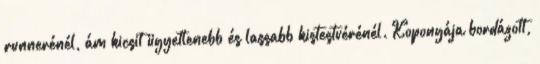
runnerénél, ám kicsit ügyetlenebb és lassabb kistestvérénél. Koponyája bordázott,